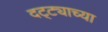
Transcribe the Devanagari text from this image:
दट्ट्याच्या